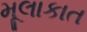
મૂલાકાત